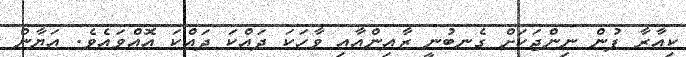
ކިއާރާ ފުން ނިންޖަކަށް ގެނބުނީ ޒާއިންއާއި ވާހަކަ ދައްކަ ދައްކަ އޮއްވައެވެ. އަޔާން